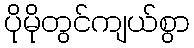
ပိုမိုတွင်ကျယ်စွာ